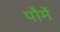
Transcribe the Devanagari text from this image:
पौमें